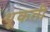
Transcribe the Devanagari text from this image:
थूकती